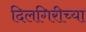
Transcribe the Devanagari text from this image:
दिलगिरीच्या